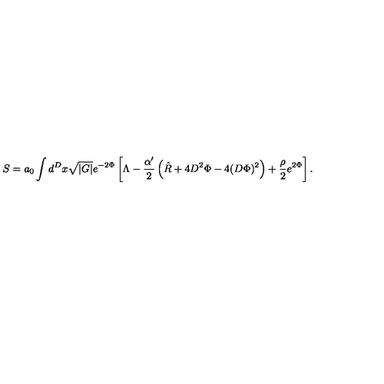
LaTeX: S = a _ { 0 } \int d ^ { D } x \sqrt { | G | } e ^ { - 2 \Phi } \left[ \Lambda - \frac { \alpha ^ { \prime } } { 2 } \left( \hat { R } + 4 D ^ { 2 } \Phi - 4 ( D \Phi ) ^ { 2 } \right) + \frac { \rho } { 2 } e ^ { 2 \Phi } \right] . \,